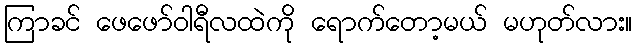
ကြာခင် ဖေဖော်ဝါရီလထဲကို ရောက်တော့မယ် မဟုတ်လား။